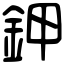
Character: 鉀